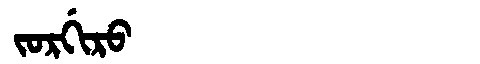
Manchu: ᠵᠣᡵᡤᡳᡵᠣ
Romanization: JORGIRO